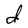
Character: d